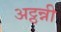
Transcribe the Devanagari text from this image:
अट्ठन्नी